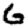
Digit: 6